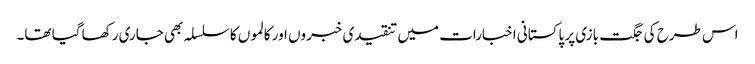
اس طرح کی جگت بازی پر پاکستانی اخبارات میں تنقیدی خبروں اور کالموں کا سلسلہ بھی جاری رکھا گیا تھا۔